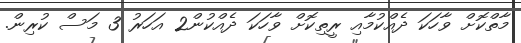
މާތްކޮށް ވާހަކަ ދެއްކުމާއި ރީތިކޮށް ވާހަކަ ދެއްކުން2 އަހަރު 3 މަސް ކުރިން.